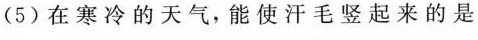
(5)在寒冷的天气，能使汗毛竖起来的是